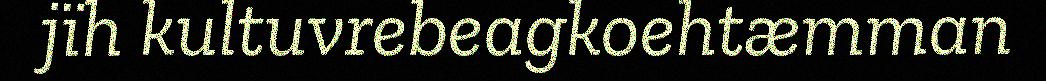
jïh kultuvrebeagkoehtæmman